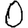
Digit: 0